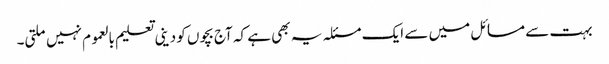
بہت سے مسائل میں سے ایک مسئلہ یہ بھی ہے کہ آج بچوں کو دینی تعلیم بالعموم نہیں ملتی۔